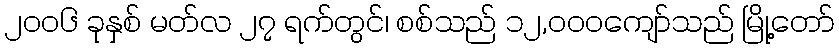
၂၀၀၆ ခုနှစ် မတ်လ ၂၇ ရက်တွင်၊ စစ်သည် ၁၂,၀၀၀ကျော်သည် မြို့တော်